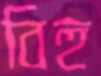
বিহু